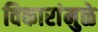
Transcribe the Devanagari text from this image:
विकारांमुळे